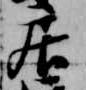
居